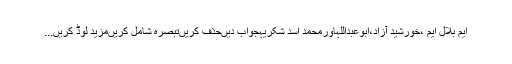
ایم بلال ایم ،خورشید آزاد،ابوعبداللہاورمحمد اسد شکریہجواب دیںحذف کریںتبصرہ شامل کریںمزید لوڈ کریں...